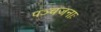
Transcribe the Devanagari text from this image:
पञ्चजनाः